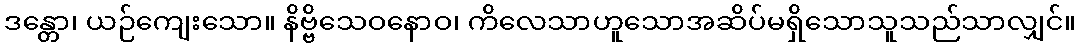
ဒန္တော၊ ယဉ်ကျေးသော။ နိဗ္ဗိသေဝနောဝ၊ ကိလေသာဟူသောအဆိပ်မရှိသောသူသည်သာလျှင်။